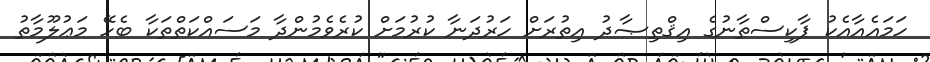
ހަމައެއާއެކު ޕާކިސްތާނުގެ އިޤްތިޞާދު އިތުރަށް ހަރުދަނާ ކުރުމަށް ކުރެވެމުންދާ މަސައްކަތްތަކާ ބެހޭ މަޢުލޫމާތު